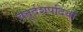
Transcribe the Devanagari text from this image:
चतुर्दशपदियों